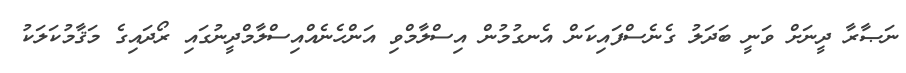
ނަޞާރާ ދީނަށް ވަނީ ބަދަލު ގެނެސްފައިކަން އެނގުމުން އިސްލާމްވި އަންހެނެއްއިސްލާމްދީނުގައި ރޯދައިގެ މަޤާމުކަލަކު